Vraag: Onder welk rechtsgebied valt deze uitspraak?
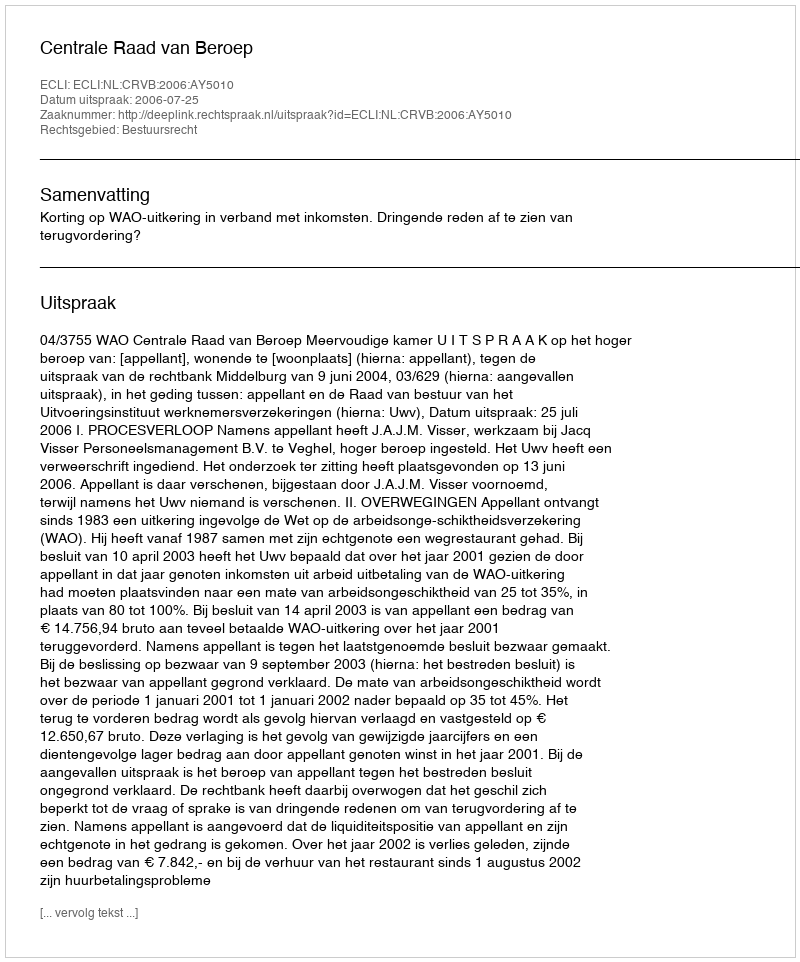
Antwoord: Bestuursrecht